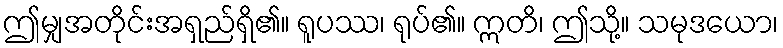
ဤမျှအတိုင်းအရှည်ရှိ၏။ ရူပဿ၊ ရုပ်၏။ ဣတိ၊ ဤသို့။ သမုဒယော၊